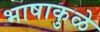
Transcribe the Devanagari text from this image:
भाषाकुळे